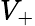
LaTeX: V_{+}